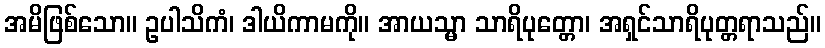
အမိဖြစ်သော။ ဥပါသိကံ၊ ဒါယိကာမကို။ အာယသ္မာ သာရိပုတ္တော၊ အရှင်သာရိပုတ္တရာသည်။